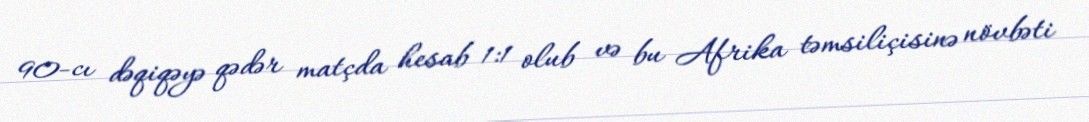
90-cı dəqiqəyə qədər matçda hesab 1:1 olub və bu Afrika təmsiliçisinə növbəti